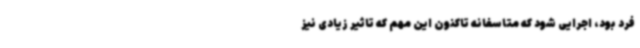
فرد بود، اجرایی شود که متاسفانه تاکنون این مهم که تاثیر زیادی نیز